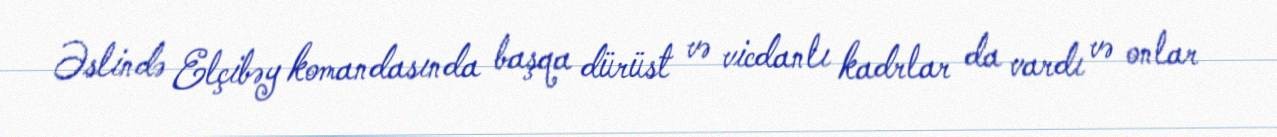
Əslində Elçibəy komandasında başqa dürüst və vicdanlı kadrlar da vardı və onlar